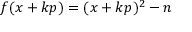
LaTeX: f ( x + k p ) = ( x + k p ) ^ { 2 } - n